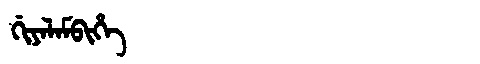
Manchu: ᡤᡳᠶᠠᠯᠠᠮᠪᡳᡥᡝ
Romanization: GIYALAMBIHE